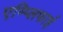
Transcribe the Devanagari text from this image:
एम्प्लिफाई